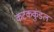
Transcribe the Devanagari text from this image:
कटककुंडल